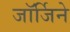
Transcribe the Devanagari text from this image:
जॉर्जिने